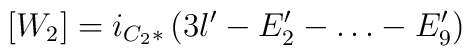
[W_2] = i_{C_2*}\left(3l' - E'_2 - \dots - E'_9\right)